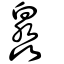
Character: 灥